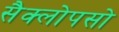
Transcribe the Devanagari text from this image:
सैक्लोपसो